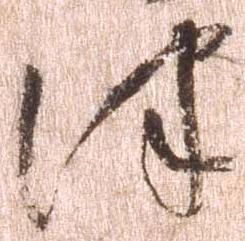
津